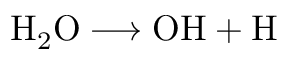
\mathrm { H } _ { 2 } \mathrm { O } \longrightarrow \mathrm { O H } + \mathrm { H }